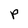
Character: p